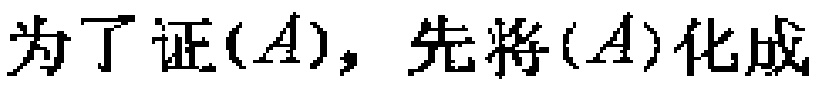
为了证$(A)$，先将$(A)$化成